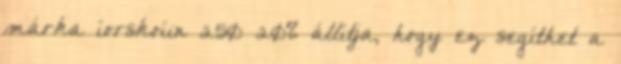
márka íorskoíin 250 20% állítja, hogy ez segíthet a